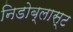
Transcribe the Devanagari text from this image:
निडोब्लास्ट